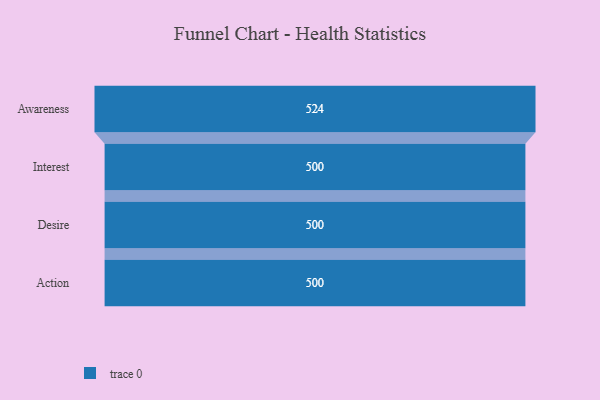
{"axis": {"x": "Stage", "y": "Value"}, "legend": [""], "data": [{"x": "Awareness", "y": 524.0, "type": ""}, {"x": "Interest", "y": 500, "type": ""}, {"x": "Desire", "y": 500, "type": ""}, {"x": "Action", "y": 500, "type": ""}]}